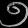
Digit: ၅